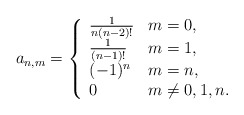
\begin{align*} a_{n,m}=\left\{\begin{array}{ll}\frac{1}{n(n-2)!} & m=0, \\ \frac{1}{(n-1)!} & m=1, \\ (-1)^n & m=n, \\ 0 & m\neq 0,1,n.\end{array}\right.\end{align*}